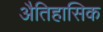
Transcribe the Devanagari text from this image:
अैतिहासिक